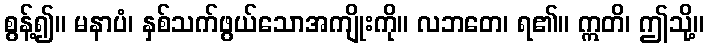
စွန့်၍။ မနာပံ၊ နှစ်သက်ဖွယ်သောအကျိုးကို။ လဘတေ၊ ရ၏။ ဣတိ၊ ဤသို့။